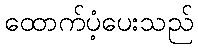
ထောက်ပံ့ပေးသည်